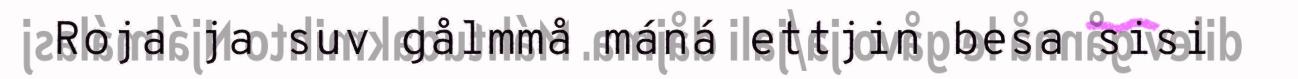
Roja ja suv gålmmå máná ettjin besa sisi